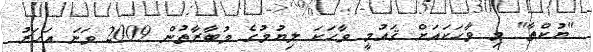
"ޔުކްތާ" މި ވާހަކައަށް ޤައުމީ ވާހަކަ ލިޔުމުގެ މުބާރާތުން 2009 ވަނަ އަހަރު